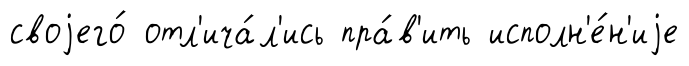
своjего́ отл'ича́л'ись пра́в'ить исполн'е́н'иjе